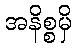
အနိစ္စမှိ